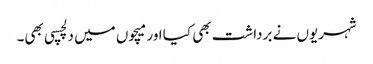
شہریوں نے برداشت بھی کیا اور میچوں میں دلچسپی بھی۔